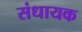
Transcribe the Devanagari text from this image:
संधायक